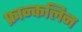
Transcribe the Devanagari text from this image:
फ्रान्कलिन